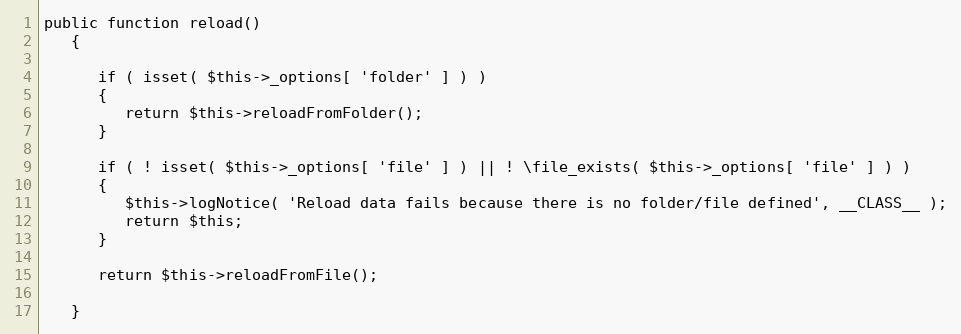
Language: PHP
public function reload()
   {

      if ( isset( $this->_options[ 'folder' ] ) )
      {
         return $this->reloadFromFolder();
      }

      if ( ! isset( $this->_options[ 'file' ] ) || ! \file_exists( $this->_options[ 'file' ] ) )
      {
         $this->logNotice( 'Reload data fails because there is no folder/file defined', __CLASS__ );
         return $this;
      }

      return $this->reloadFromFile();

   }